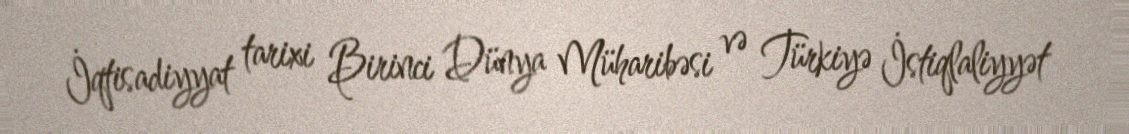
İqtisadiyyat tarixi Birinci Dünya Müharibəsi və Türkiyə İstiqlaliyyət